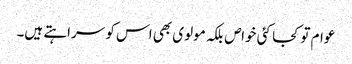
عوام تو کجا کئی خواص بلکہ مولوی بھی اس کو سراہتے ہیں۔